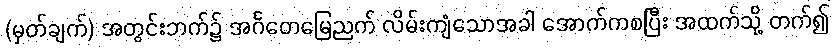
(မှတ်ချက်) အတွင်းဘက်၌ အင်္ဂတေမြေညက် လိမ်းကျံသောအခါ အောက်ကစပြီး အထက်သို့ တက်၍